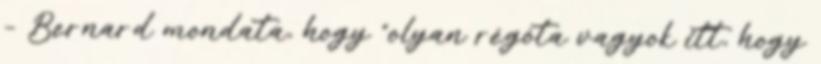
– Bernard mondata, hogy “olyan régóta vagyok itt, hogy